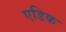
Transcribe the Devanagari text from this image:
एडिक